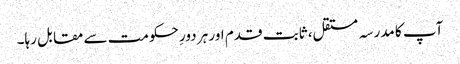
آپ کا مدرسہ مستقل، ثابت قدم اور ہر دورِ حکومت سے مقابل رہا۔